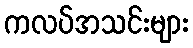
ကလပ်အသင်းများ